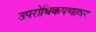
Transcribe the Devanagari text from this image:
उपरोधिकपणावर